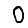
Digit: 0